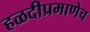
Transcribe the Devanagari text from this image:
हळदीप्रमाणेच